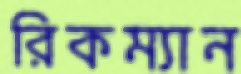
রিকম্যান